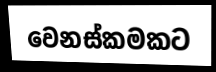
වෙනස්කමකට